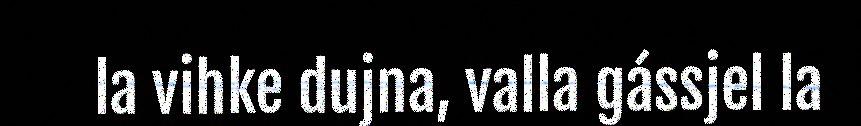
la vihke dujna, valla gássjel la